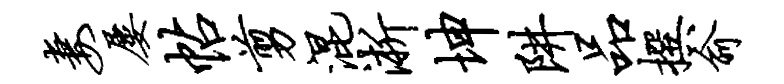
妻屡帖剪混淅坤阱品撰俞